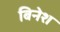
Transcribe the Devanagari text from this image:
बिनेश